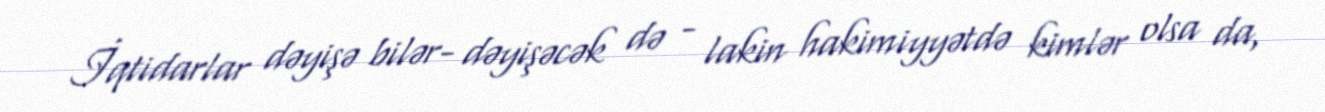
İqtidarlar dəyişə bilər- dəyişəcək də - lakin hakimiyyətdə kimlər olsa da,